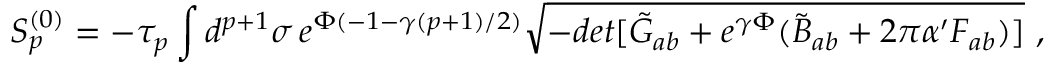
S _ { p } ^ { ( 0 ) } = - \tau _ { p } \int d ^ { p + 1 } \sigma \, e ^ { \Phi ( - 1 - \gamma ( p + 1 ) / 2 ) } \sqrt { - d e t [ \tilde { G } _ { a b } + e ^ { \gamma \Phi } ( \tilde { B } _ { a b } + 2 \pi \alpha ^ { \prime } F _ { a b } ) ] } ~ ,